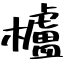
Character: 櫨